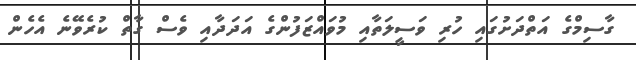
ގާސިމްގެ އަތްދަށުގައި ހުރި ވަސީލަތާއި މުވައްޒަފުންގެ އަދަދާއި ވެސް ގާތް ކުރެވޭނެ އެހެން